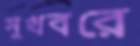
সুখবরে